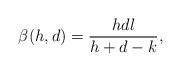
LaTeX: \begin{align*} \beta(h,d)=\frac{hdl}{h+d-k}, \end{align*}